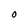
Character: O